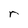
Character: r